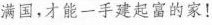
满国，才能一手建起富的家!